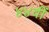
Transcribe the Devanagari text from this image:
४४वीं